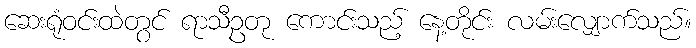
ဆေးရုံဝင်းထဲတွင် ရာသီဥတု ကောင်းသည့် နေ့တိုင်း လမ်းလျှောက်သည်။